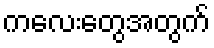
ကလေးတွေအတွက်